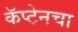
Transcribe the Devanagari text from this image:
कॅप्टेनचा